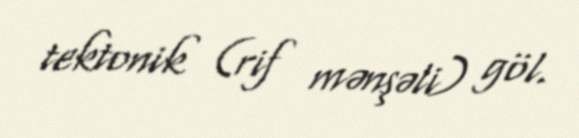
tektonik (rif mənşəli) göl.